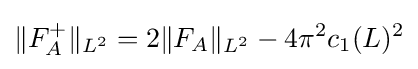
\|F_{A}^{+}\|_{L^{2}}=2\|F_{A}\|_{L^{2}}-4\pi ^{2}c_{1}(L)^{2}